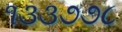
૧૩૩૭૭૮